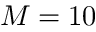
M = 1 0